Jaan_Tonisson_(Lasteleht), lk 382
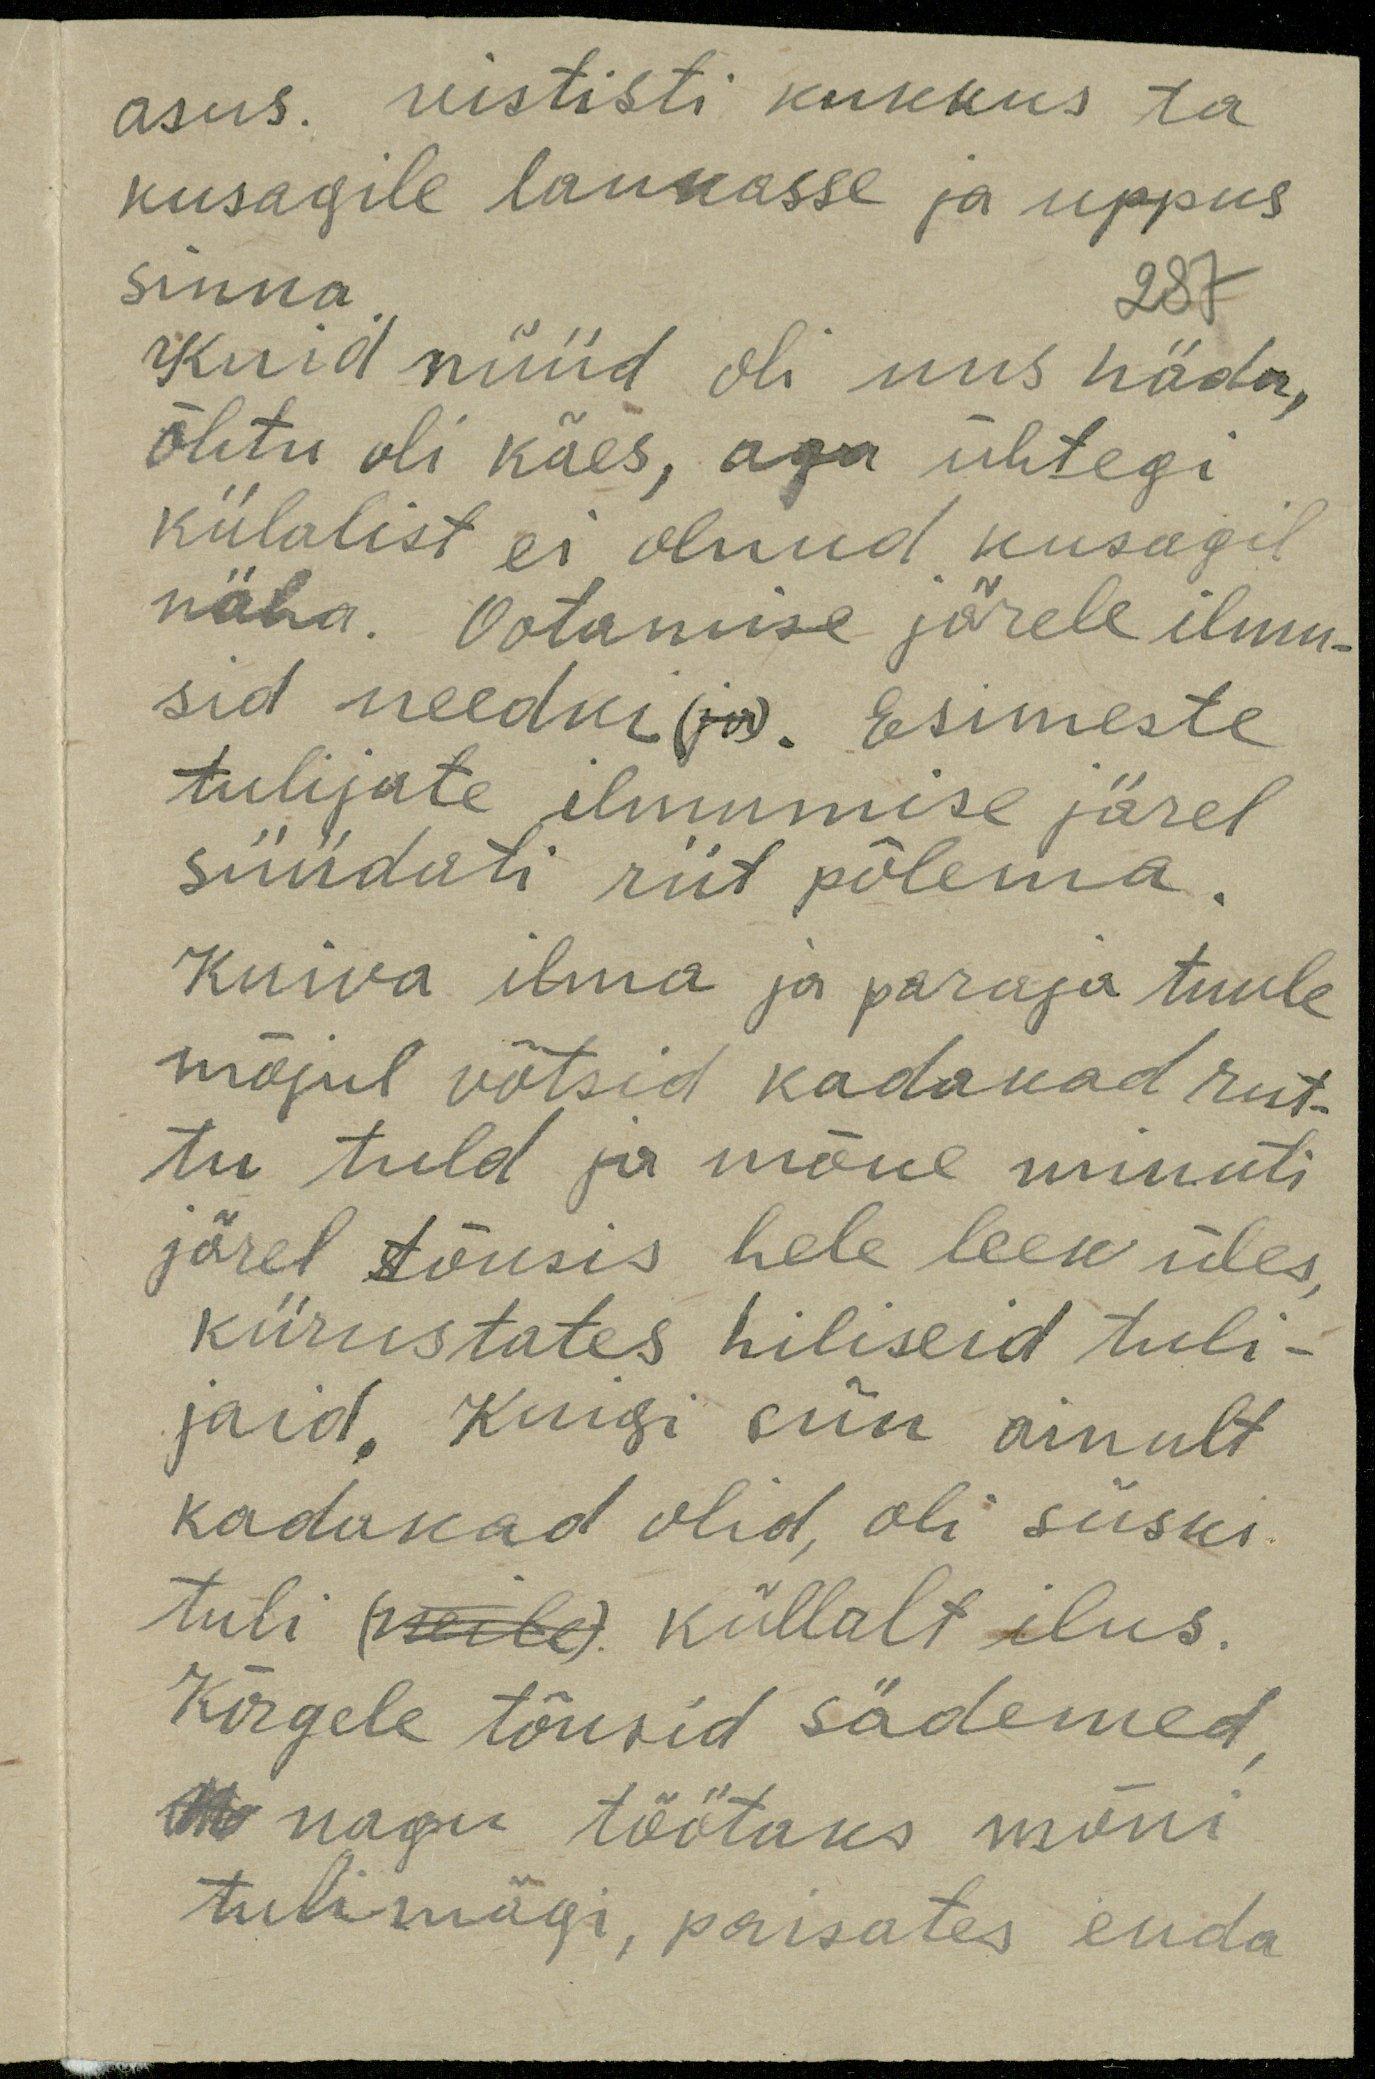
asus. vististi kukkus ta
kusagile laukasse ja uppus
sinna.
287
kuid nüüd oli uus häda,
õhtu oli käes, aga ühtegi
külalist ei olnud kusagil
näha. Ootamise järele ilmu-
sid needki. Esimeste
tulijate ilmumise järel
süüdati riit põlema.
Kuiva ilma ja paraja tuule.
mõjul võtsid kadakad rut-
tu tuld ja mõne minuti
järel tõusis hele leek üles.
kiirustates hiliseid tuli-
jaid kuigi siin ainult
kadakad olid, oli siiski
tuli (neile) küllalt ilus.
Kõrgele tõusid sädemed
nagu töötaks mõni
tulimägi, paisates enda